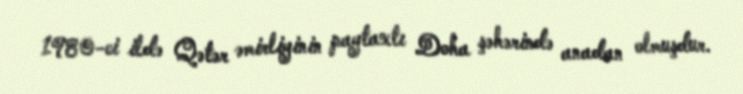
1980-ci ildə Qətər əmirliyinin paytaxtı Doha şəhərində anadan olmuşdur.